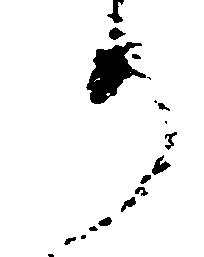
り